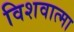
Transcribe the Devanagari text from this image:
विशवात्मा